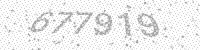
Solution: 677919